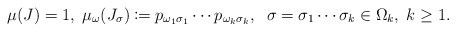
\begin{align*}\mu(J)=1,\;\mu_{\omega}(J_{\sigma})\coloneqq p_{\omega_{1}\sigma_{1}}\cdots p_{\omega_{k}\sigma_{k}},\;\;\sigma=\sigma_{1}\cdots\sigma_{k}\in\Omega_{k},\; k\geq1.\end{align*}